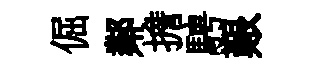
倔鄰擔騁艱